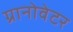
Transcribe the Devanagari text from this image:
ग्रानोवेटर